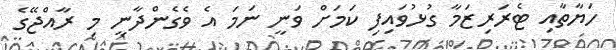
ހަޔާތާއި ޓެރަރިޒަމާ ގުޅުވައިފި ކަމަށް ވަނީ ނަމަ އެ ވެގެންދާނީ މި ރާއްޖޭގެ